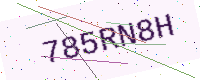
Text: 785RN8H